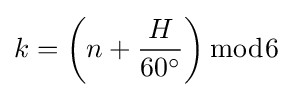
k=\left(n+{\frac {H}{60^{\circ }}}\right){\bmod {6}}